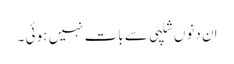
ان دنوں شلپی سے بات نہیں ہو ئی ۔